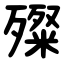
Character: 殩